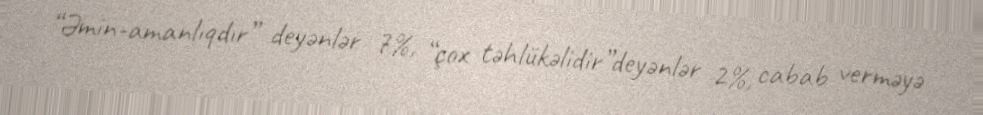
“Əmin-amanlıqdır” deyənlər 7%, “çox təhlükəlidir”deyənlər 2%, cabab verməyə